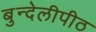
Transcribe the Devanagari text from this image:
बुन्देलीपीठ